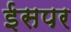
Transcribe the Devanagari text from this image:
ईसपर